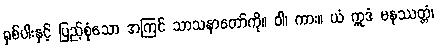
ရှစ်ပါးနှင့် ပြည့်စုံသော အကြင် သာသနာတော်ကို။ ဝါ၊ ကား။ ယံ ဣဒံ မနုဿတ္တံ၊